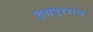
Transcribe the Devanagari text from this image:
हूसपुरराज